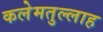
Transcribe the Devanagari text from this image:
कलेमतुल्लाह